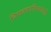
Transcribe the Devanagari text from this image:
नियतकालिकांतही